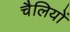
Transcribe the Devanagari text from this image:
चैलियों